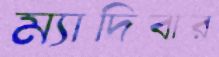
ম্যাদিবার